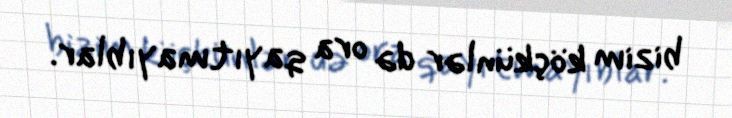
bizim köçkünlər də ora qayıtmayıblar.